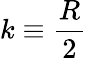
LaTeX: k\equiv{\frac{R}{2}}